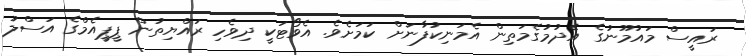
ރައީސް މައުމޫނުގެ އެދުމުގެމަތިން އެމަނިކުފާނަށް ކަމަށެވެ. އެވޯޓަކީ ދިވެހި ރައްޔިތުން ޕީޕީއެމްގެ އަސްލު